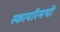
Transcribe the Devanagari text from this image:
स्कायरिमची